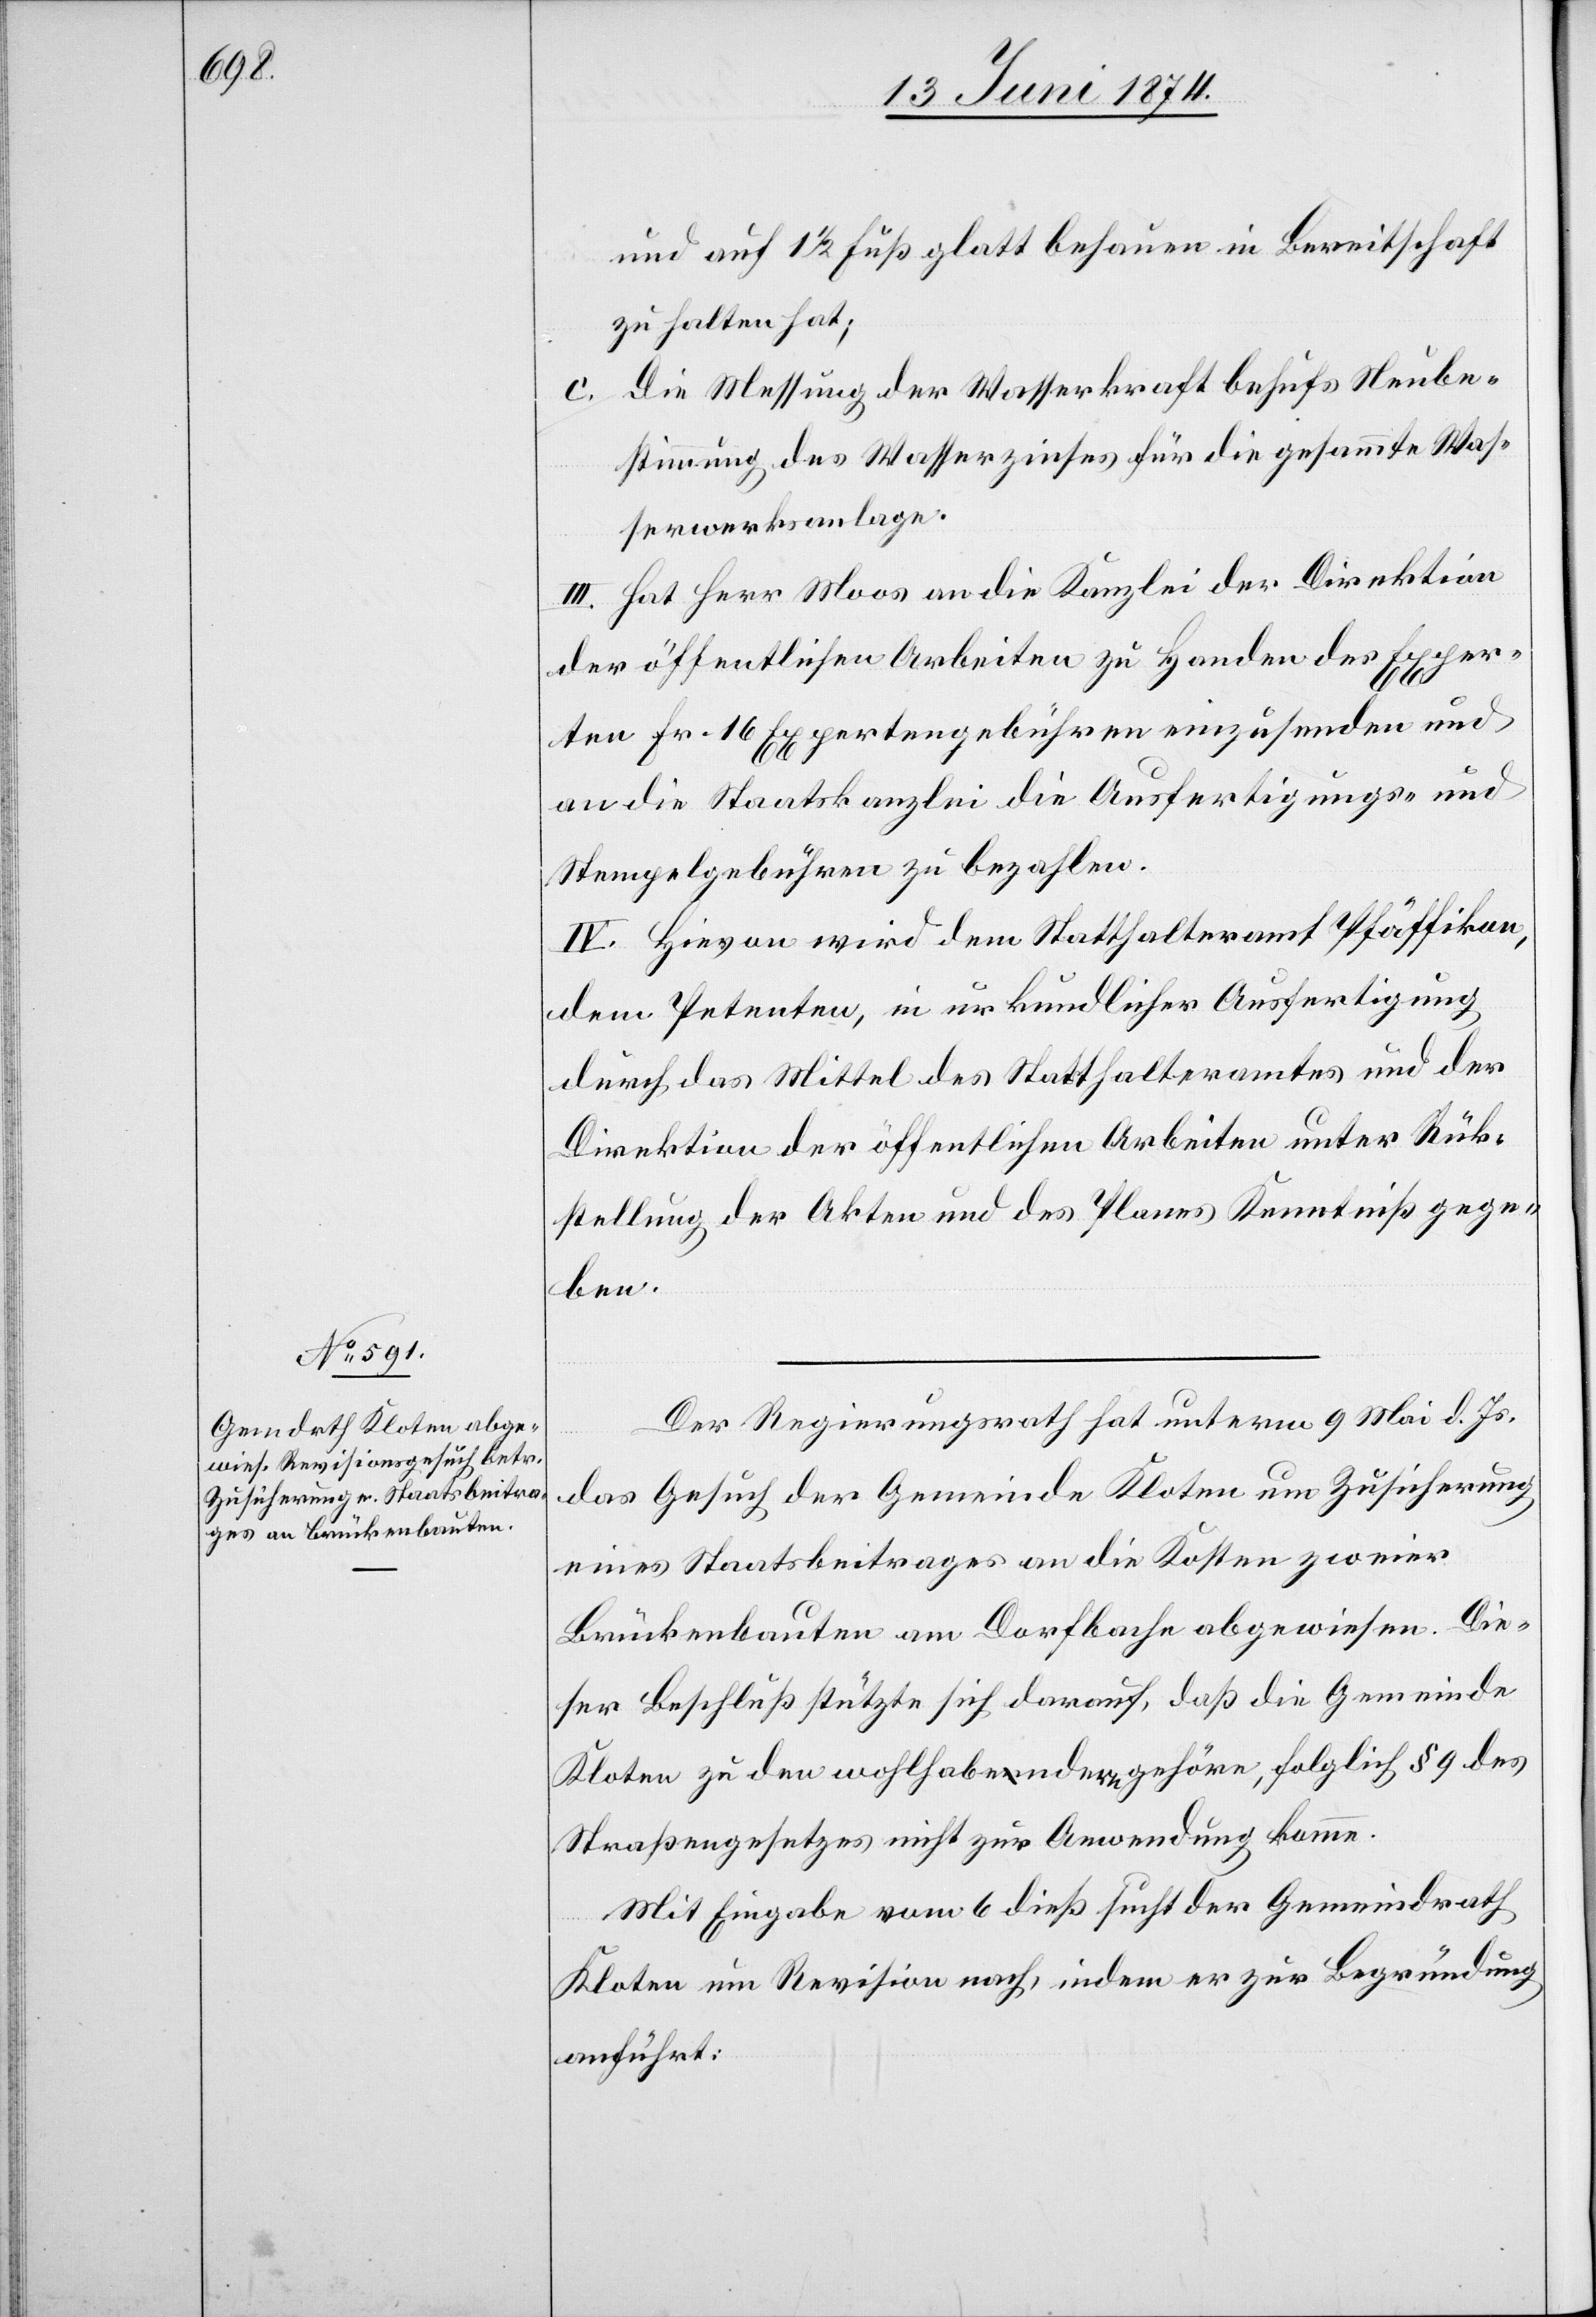
und auf 1 1/2 Fuß glatt behauen in Bereitschaft
zu halten hat;
c. Die Messung der Wasserkraft behufs Neube¬
stimmung des Wasserzinses für die gesammte Was¬
serwerksanlage.
III. Hat Herr Moos an die Kanzlei der Direktion
der öffentlichen Arbeiten zu Handen des Exper¬
ten Fr. 16 Expertengebühren einzusenden und
an die Staatskanzlei die Ausfertigungs- und
Stempelgebühren zu bezahlen.
IV. Hievon wird dem Statthalteramt Pfäffikon,
dem Petenten, in urkundlicher Ausfertigung
durch das Mittel des Statthalteramtes und der
Direktion der öffentlichen Arbeiten unter Rück¬
stellung der Akten und des Planes Kenntniß gege¬
ben.
Der Regierungsrath hat unterm 9. Mai d. Js.
das Gesuch der Gemeinde Kloten um Zusicherung
eines Staatsbeitrages an die Kosten zweier
Brückenbauten am Dorfbache abgewiesen. Die¬
ser Beschluß stützte sich darauf, daß die Gemeinde
Kloten zu den wohlhabendern gehöre, folglich § 9 des
Straßengesetzes nicht zur Anwendung komme.
Mit Eingabe vom 6. dieß sucht der Gemeindrath
Kloten um Revision nach, indem er zur Begründung
anführt: